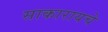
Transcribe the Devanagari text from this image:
साकारायचे